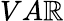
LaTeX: VA\mathbb{R}